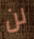
لن